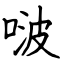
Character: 啵